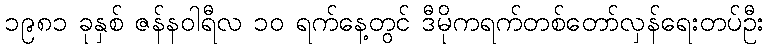
၁၉၈၁ ခုနှစ် ဇန်နဝါရီလ ၁၀ ရက်နေ့တွင် ဒီမိုကရက်တစ်တော်လှန်ရေးတပ်ဦး